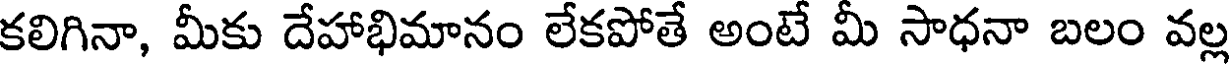
కలిగినా, మీకు దేహాభిమానం లేకపోతే అంటే మీ సాధనా బలం వల్ల